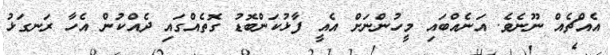
އެއްޗެއް ނޫނެވެ. އަނެއްބައި މީހުންނަށް އެއީ ފާޅުކަންބޮޑު ގޮތެއްގައި ދެއްކުން އެހާ ރަނގަޅު